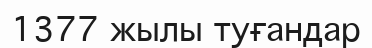
1377 жылы туғандар